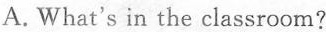
A. What's in the classroom?